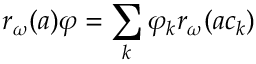
r _ { \omega } ( a ) \varphi = \sum _ { k } \varphi _ { k } r _ { \omega } ( a c _ { k } )